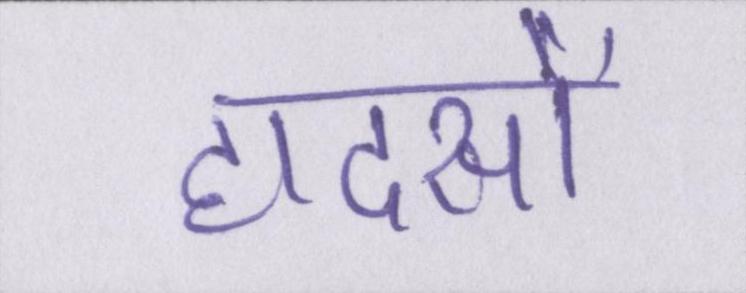
हादसों